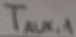
Text: TAUX,1